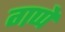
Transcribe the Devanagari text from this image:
गप्पें